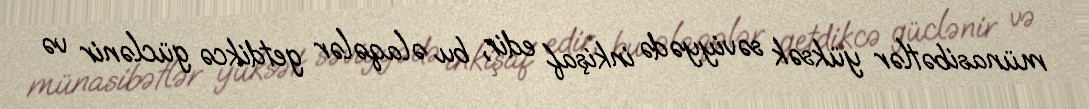
münasibətlər yüksək səviyyədə inkişaf edir, bu əlaqələr getdikcə güclənir və